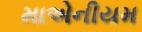
માએનીયમ